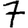
Digit: 7